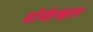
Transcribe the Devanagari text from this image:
वोकेश्नल